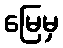
မြေမှ